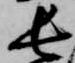
長